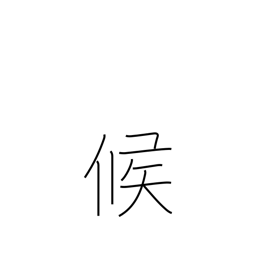
Meaning: weather